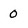
Character: 0